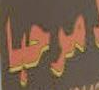
مرحبا